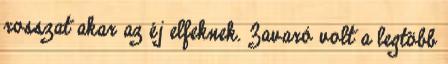
rosszat akar az éj elfeknek. Zavaró volt a legtöbb